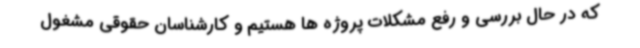
که در حال بررسی و رفع مشکلات پروژه ها هستیم و کارشناسان حقوقی مشغول